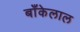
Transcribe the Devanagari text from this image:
बाँकेलाल